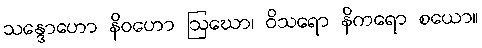
သန္ဒောဟော နိဝဟော ဩဃော၊ ဝိသရော နိကရော စယော။